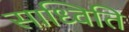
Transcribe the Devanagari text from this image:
साध्विति